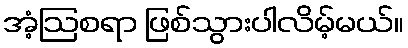
အံ့ဩစရာ ဖြစ်သွားပါလိမ့်မယ်။